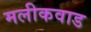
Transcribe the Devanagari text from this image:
मलीकवाड